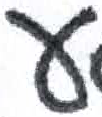
אות: ע